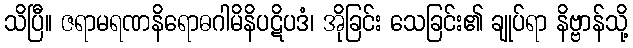
သိပြီ။ ဇရာမရဏနိရောဓဂါမိနိပဋိပဒံ၊ အိုခြင်း သေခြင်း၏ ချုပ်ရာ နိဗ္ဗာန်သို့